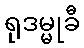
ရုဒမ္မုခီ